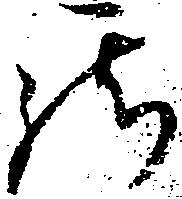
罷